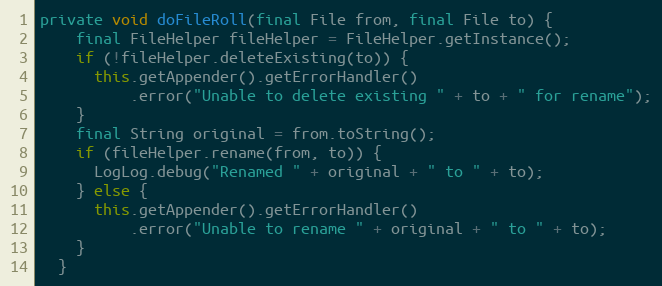
Language: Java
private void doFileRoll(final File from, final File to) {
    final FileHelper fileHelper = FileHelper.getInstance();
    if (!fileHelper.deleteExisting(to)) {
      this.getAppender().getErrorHandler()
          .error("Unable to delete existing " + to + " for rename");
    }
    final String original = from.toString();
    if (fileHelper.rename(from, to)) {
      LogLog.debug("Renamed " + original + " to " + to);
    } else {
      this.getAppender().getErrorHandler()
          .error("Unable to rename " + original + " to " + to);
    }
  }